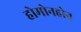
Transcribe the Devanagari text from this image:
होमोनहोन